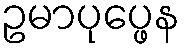
ဥမာပုပ္ဖေန